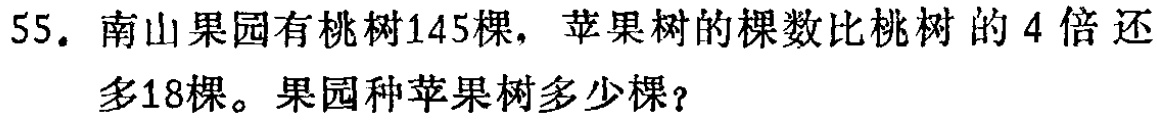
55. 南山果园有桃树145棵，苹果树的棵数比桃树的4倍还多18棵。果园种苹果树多少棵？